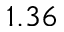
1 . 3 6